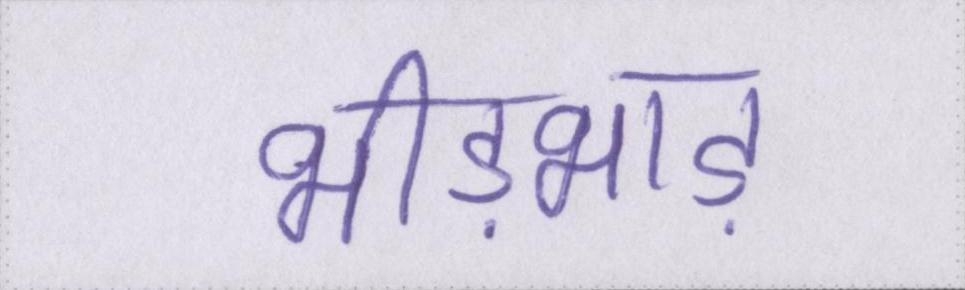
भीड़भाड़